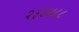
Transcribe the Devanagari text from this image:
२३४४८८